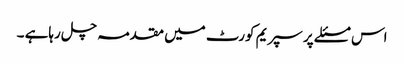
اس مسئلے پر سپریم کورٹ میں مقدمہ چل رہاہے ۔